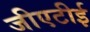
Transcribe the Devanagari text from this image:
जीएटीई